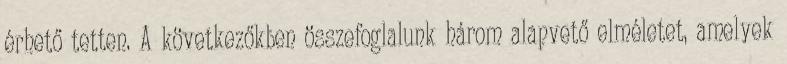
érhető tetten. A következőkben összefoglalunk három alapvető elméletet, amelyek